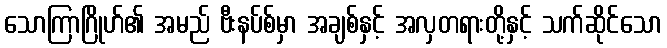
သောကြာဂြိုဟ်၏ အမည် ဗီးနပ်စ်မှာ အချစ်နှင့် အလှတရားတို့နှင့် သက်ဆိုင်သော